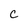
Character: c